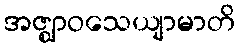
အဇ္ဈာဝသေယျာမာတိ